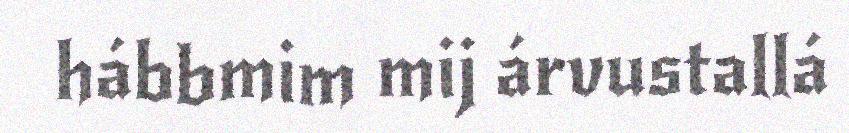
hábbmim mij árvustallá